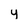
Character: y